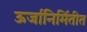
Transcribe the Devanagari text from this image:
ऊर्जानिर्मितीत